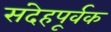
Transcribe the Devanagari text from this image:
संदेहपूर्वक